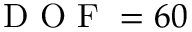
\mathrm { ~ D ~ O ~ F ~ } = 6 0